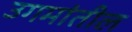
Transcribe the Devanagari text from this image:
उगमांतील